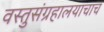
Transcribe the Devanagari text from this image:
वस्तुसंग्रहालयाचाच